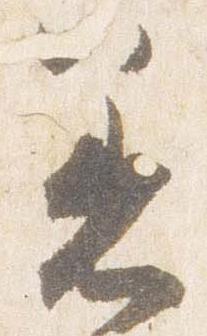
着